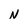
Character: N